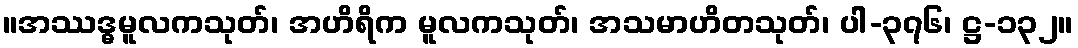
။အဿဒ္ဓမူလကသုတ်၊ အဟိရိက မူလကသုတ်၊ အသမာဟိတသုတ်၊ ပါ-၃၇၆၊ ဋ္ဌ-၁၃၂။